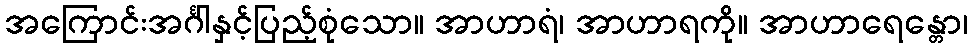
အကြောင်းအင်္ဂါနှင့်ပြည့်စုံသော။ အာဟာရံ၊ အာဟာရကို။ အာဟာရေန္တော၊